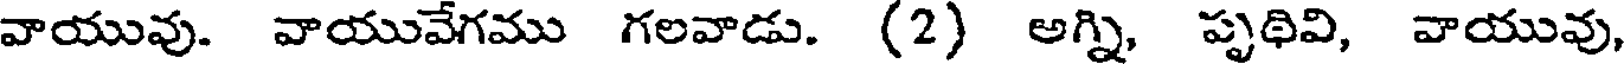
వాయువు. వాయువేగము గలవాడు. (2) అగ్ని, పృథివి, వాయువు,